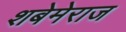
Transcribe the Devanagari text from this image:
शबेमेराज